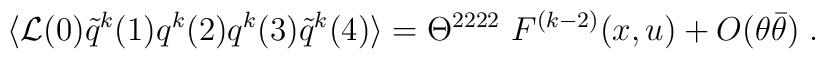
\langle {\cal L}(0) \tilde q^k(1) q^k(2) q^k(3) \tilde q^k(4) \rangle = \Theta^{2222} \ F^{(k-2)} (x,u) + O(\theta\bar\theta)\;.